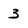
Character: 3